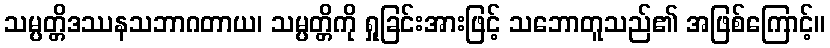
သမ္ပတ္တိဒဿနသဘာဂတာယ၊ သမ္ပတ္တိကို ရှုခြင်းအားဖြင့် သဘောတူသည်၏ အဖြစ်ကြောင့်။